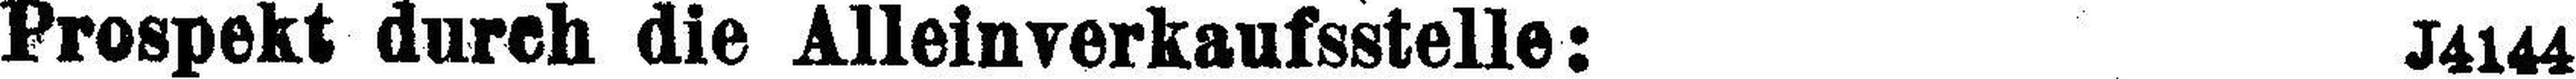
Prospekt durch die Alleinverkaufsstelle: J4144